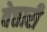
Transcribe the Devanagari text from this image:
वेत्तारी